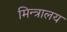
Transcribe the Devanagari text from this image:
मिन्त्रालय